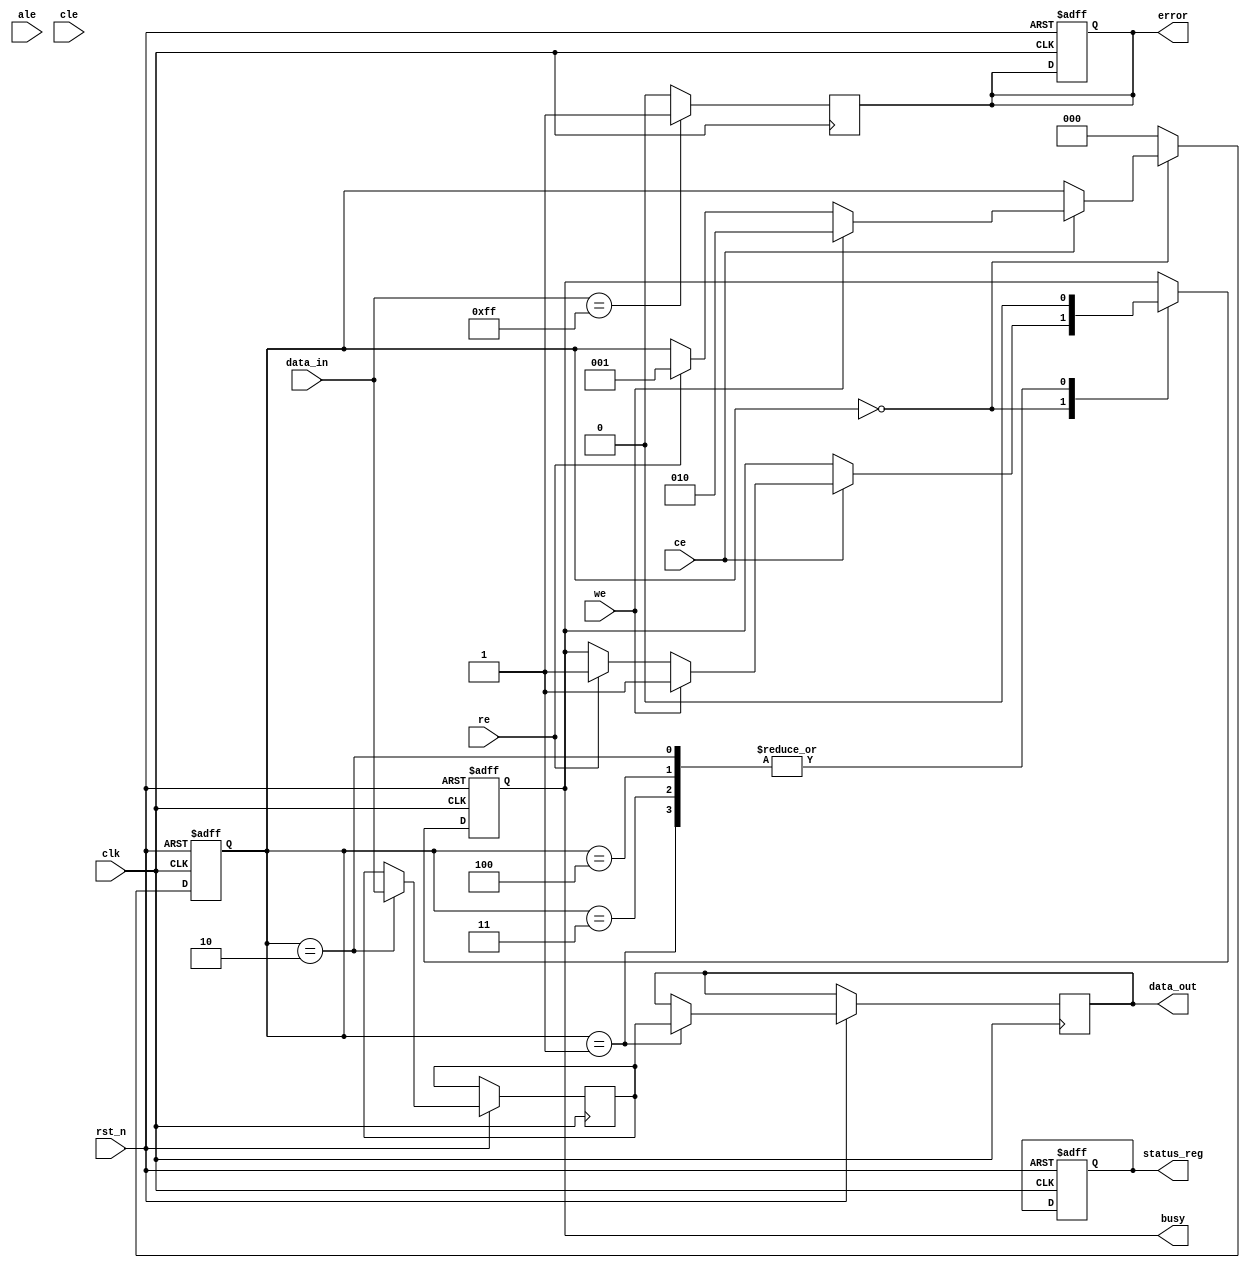
module nand_flash_io_block (
    input wire clk,
    input wire rst_n,
    input wire [7:0] data_in,      // Data input from external system
    output reg [7:0] data_out,     // Data output to external system
    input wire we,                  // Write Enable
    input wire re,                  // Read Enable
    input wire ce,                  // Chip Enable
    input wire ale,                 // Address Latch Enable
    input wire cle,                 // Command Latch Enable
    output reg busy,                // Busy status
    output reg error,               // Error status
    output reg [3:0] status_reg     // Status register
);

// Internal signals
reg [7:0] data_buffer;             // Buffer for data latching
reg [7:0] command;                 // Command register
reg [2:0] state;                   // State machine for operation
reg [3:0] error_detected;          // Error detection register

// State encoding
localparam IDLE      = 3'b000;
localparam READ      = 3'b001;
localparam WRITE     = 3'b010;
localparam ERASE     = 3'b011;
localparam ERROR     = 3'b100;

// Command decoder
always @(posedge clk or negedge rst_n) begin
    if (!rst_n) begin
        state <= IDLE;
        busy <= 0;
        error <= 0;
        status_reg <= 4'b0000;
    end else begin
        case (state)
            IDLE: begin
                if (ce) begin
                    if (we) begin
                        state <= WRITE;
                        busy <= 1;
                    end else if (re) begin
                        state <= READ;
                        busy <= 1;
                    end else if (ale || cle) begin
                        // Handle command/input address
                        command <= data_in;
                    end
                end
            end
            
            READ: begin
                // Simulate read operation
                data_out <= data_buffer; // Output data from buffer
                busy <= 0;
                state <= IDLE;
            end
            
            WRITE: begin
                // Simulate write operation
                data_buffer <= data_in; // Latch incoming data
                busy <= 0;
                state <= IDLE;
            end
            
            ERASE: begin
                // Simulate erase operation
                // Implement erase logic here
                busy <= 0;
                state <= IDLE;
            end
            
            ERROR: begin
                // Handle error state
                busy <= 0;
                state <= IDLE;
            end
            
            default: state <= IDLE;
        endcase
    end
end

// Error detection logic (simplified)
always @(posedge clk) begin
    if (data_in == 8'hFF) begin // Example condition for error
        error <= 1;
        status_reg[0] <= 1; // Set error status
    end else begin
        error <= 0;
        status_reg[0] <= 0; // Clear error status
    end
end

// Initialization sequence (simplified)
initial begin
    data_out = 8'b0;
    data_buffer = 8'b0;
    command = 8'b0;
    busy = 0;
    error = 0;
    status_reg = 4'b0000;
end

endmodule